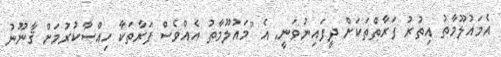
އެމައުލޫމާތު އިތުރު ފަރާތްތަކަށް ދީފައިނުވަނީ